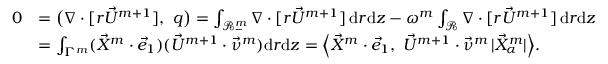
\begin{array} { r l } { 0 } & { = \big ( \nabla \cdot [ r \vec { U } ^ { m + 1 } ] , ~ q \big ) = \int _ { \mathscr { R } _ { - } ^ { m } } \nabla \cdot [ r \vec { U } ^ { m + 1 } ] \, \mathrm { d } r \mathrm { d } z - \omega ^ { m } \int _ { \mathscr { R } } \nabla \cdot [ r \vec { U } ^ { m + 1 } ] \, \mathrm { d } r \mathrm { d } z } \\ & { = \int _ { \Gamma ^ { m } } ( \vec { X } ^ { m } \cdot \vec { e } _ { 1 } ) ( \vec { U } ^ { m + 1 } \cdot \vec { \nu } ^ { m } ) \mathrm { d } r \mathrm { d } z = \Big \langle \vec { X } ^ { m } \cdot \vec { e } _ { 1 } , ~ \vec { U } ^ { m + 1 } \cdot \vec { \nu } ^ { m } \, | \vec { X } _ { \alpha } ^ { m } | \Big \rangle . } \end{array}